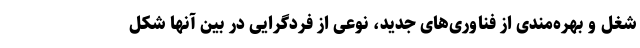
شغل و بهره‌مندی از فناوری‌های جدید، نوعی از فردگرایی در بین آنها شکل